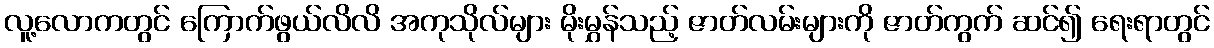
လူ့လောကတွင် ကြောက်ဖွယ်လိလိ အကုသိုလ်များ မိုးမွှန်သည့် ဇာတ်လမ်းများကို ဇာတ်ကွက် ဆင်၍ ရေးရာတွင်